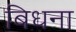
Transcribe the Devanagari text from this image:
बिधना